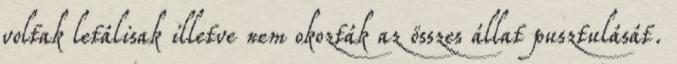
voltak letálisak illetve nem okozták az összes állat pusztulását.